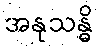
အနုသန္ဓိ